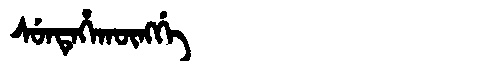
Manchu: ᠰᡠᠨᡨᡝᡥᠠᡴᡡᠩᡤᡝ
Romanization: SUNTEHAKŪNGGE